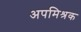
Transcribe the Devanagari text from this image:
अपमिश्रक